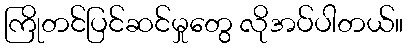
ကြိုတင်ပြင်ဆင်မှုတွေ လိုအပ်ပါတယ်။